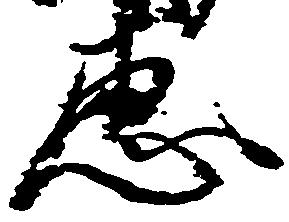
恵